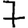
Digit: 7